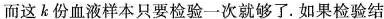
而这k份血液样本只要检验一次就够了。如果检验结